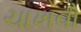
ચાખવો